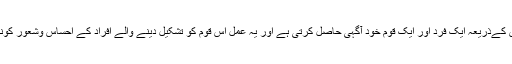
تعلیم ایک ایسا عمل ہے جس کےذریعہ ایک فرد اور ایک قوم خود آگہی حاصل کرتی ہے اور یہ عمل اس قوم کو تشکیل دینے والے افراد کے احساس وشعور کونکھارنے کا ذریعہ ہوتا ہے۔